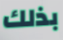
بذلك